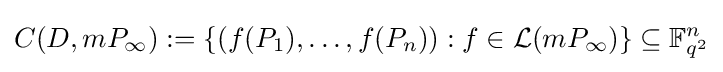
C(D,mP_{\infty }):=\left\lbrace (f(P_{1}),\dots ,f(P_{n})):f\in {\mathcal {L}}(mP_{\infty })\right\rbrace \subseteq \mathbb {F} _{q^{2}}^{n}